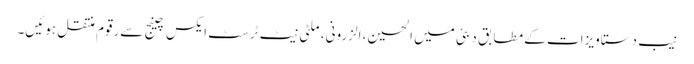
نیب دستاویزات کے مطابق دبئی میں الحسین، الزرونی، ملٹی نیٹ ٹرسٹ ایکس چینج سےرقوم منتقل ہوئیں۔